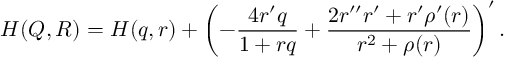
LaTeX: { \cal H } ( Q , R ) = { \cal H } ( q , r ) + \left( - \frac { 4 r ^ { \prime } q } { 1 + r q } + \frac { 2 r ^ { \prime \prime } r ^ { \prime } + r ^ { \prime } \rho ^ { \prime } ( r ) } { r ^ { 2 } + \rho ( r ) } \right) ^ { \prime } .